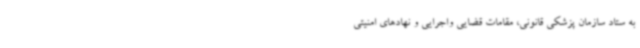
به ستاد سازمان پزشکی قانونی، مقامات قضایی واجرایی و نهادهای امنیتی